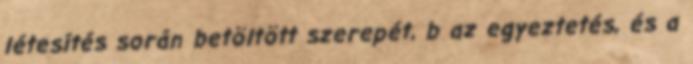
létesítés során betöltött szerepét, b az egyeztetés, és a